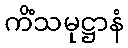
ကိံသမုဋ္ဌာနံ